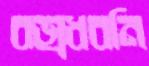
বজ্রধ্বনি